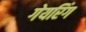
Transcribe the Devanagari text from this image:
गेयरिंग